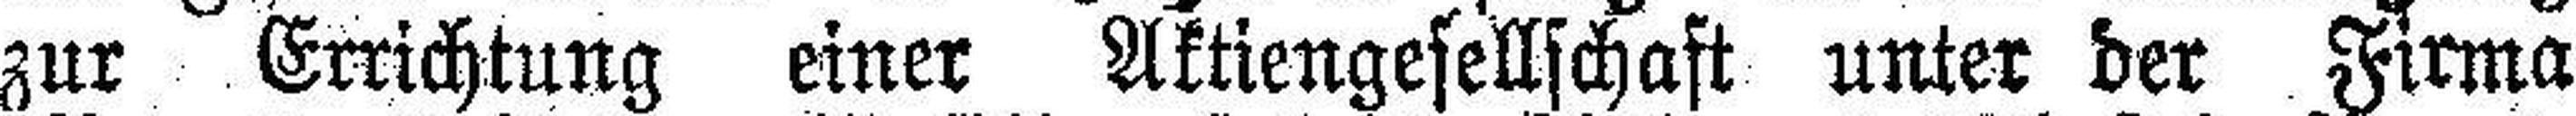
zur Errichtung einer Aktiengesellschaft unter der Firma